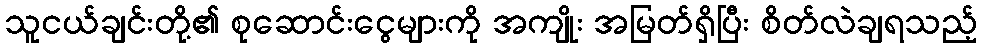
သူငယ်ချင်းတို့၏ စုဆောင်းငွေများကို အကျိုး အမြတ်ရှိပြီး စိတ်လဲချရသည့်